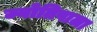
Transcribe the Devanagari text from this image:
ज्योतिषाला